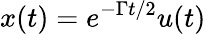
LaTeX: x(t)=e^{-\Gamma t/2}u(t)